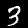
Digit: 3